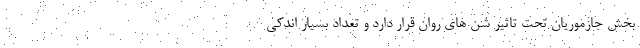
بخش جازموریان تحت تاثیر شن های روان قرار دارد و تعداد بسیار اندکی